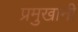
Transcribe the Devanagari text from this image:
प्रमुखानी